system: You are a helpful assistant.
user:
Analyze the provided spectrum to determine if it is a **White Dwarf (WD)**.

A White Dwarf spectrum is defined by its **extreme purity** (due to gravitational settling) and/or **extreme pressure broadening** (due to high surface gravity). You must check for one of the following mutually exclusive signatures:

- **Key Visual Indicators (Check for ONE of these types):**

    - **1. DA-Type Signature (Most Common):**
        - **(Primary Feature):** Extreme pressure broadening (Stark broadening) of the **Hydrogen (H) Balmer lines**.
        - **(Key Lines):** $H\beta$ (approx. $4861$ Å) and $H\gamma$ (approx. $4340$ Å). $H\alpha$ (approx. $6563$ Å) will also be present if the wavelength range covers it.
        - **(Line Profile):** This is the **defining feature**. The lines are **NOT** sharp. They appear as massive, **extremely broad and deep "troughs" or "dips"** in the spectrum, often hundreds of Ångströms wide. The continuum will appear to "scoop" down at these wavelengths.
        - **(Distinction):** Normal A-type or B-type stars have *narrow* and *sharp* Hydrogen lines. A DA White Dwarf's lines are unmistakably "smeared" or "blurry" from pressure.

    - **2. DB-Type Signature:**
        - **(Primary Feature):** Broad absorption lines from **Neutral Helium (He I)**. The spectrum must lack any visible Hydrogen lines.
        - **(Key Lines):** Look for broad absorption near $4471$ Å, $4921$ Å, and $5876$ Å.
        - **(Line Profile):** These lines are also significantly pressure-broadened, appearing much wider than they would in a normal B-type main-sequence star.

    - **3. DC-Type Signature:**
        - **(Primary Feature):** A **featureless continuous spectrum**.
        - **(Line Profile):** The spectrum is a smooth curve with **no significant absorption or emission lines**.
        - **(Key Confirmation):** The continuum is almost always **blue or white**, indicating a hot object. This signature implies the atmosphere is so pure (or so cool) that no spectral lines are visible in the optical range. Its WD identity is confirmed by its extremely low intrinsic brightness (high absolute magnitude).

    - **4. DZ-Type Signature (Metal-Polluted):**
        - **(Primary Feature):** **Isolated, narrow metal absorption lines** on an otherwise featureless (DC-like) continuum.
        - **(Key Lines):** The **Calcium (Ca II) H & K doublet** (approx. **$3934$ Å** and **$3968$ Å**) is the most common and defining feature.
        - **(Line Profile):** These lines are "out of place." They are *not* part of a "forest" of thousands of lines. This signature is evidence of recent *accretion* (pollution) from rocky debris.
        - **(Distinction):** Normal G/K/M stars have a *dense forest* of thousands of metal lines. A DZ has a *clean* continuum with *only a few* strong metal lines.

    - **5. DQ-Type Signature (Carbon-Polluted):**
        - **(Primary Feature):** Absorption bands from **Carbon (C₂ "Swan Bands" or atomic C I)**.
        - **(Key Lines - C₂):** Look for bandheads with a "saw-tooth" shape near $5635$ Å, **$5165$ Å** (strongest), and $4737$ Å.
        - **(Key Confirmation):** The underlying **continuum must be blue or white** (hot).
        - **(Distinction):** This is the critical difference from a **Carbon Star**, which has the *exact same* C₂ bands but on an extremely **red, cool** continuum.

- **(Overall Spectrum):**
    - The continuum (overall shape) is typically **blue-sloping** (brighter in the blue than the red), as most white dwarfs are very hot.
    - The spectrum will look "pure" or "simple," dominated by only *one* of the five signatures listed above.

Think first, call **spectral_visualization_tool** if needed to examine features in detail, then provide your final answer. Your response must adhere to the following strict rules:
1.  **Overall Structure:** Your response must follow the format `<think>...</think> <tool_call>...</tool_call> (if a tool is used) <answer>...</answer>`.
2.  **Tool Usage Constraint:** You may only make **one** tool call per turn.
3.  **Final Answer Format:** In the `<answer>` tag, your conclusion must be inside a `\boxed{}` command (e.g., `\boxed{YES}` or `\boxed{NO}`), followed by your justification.

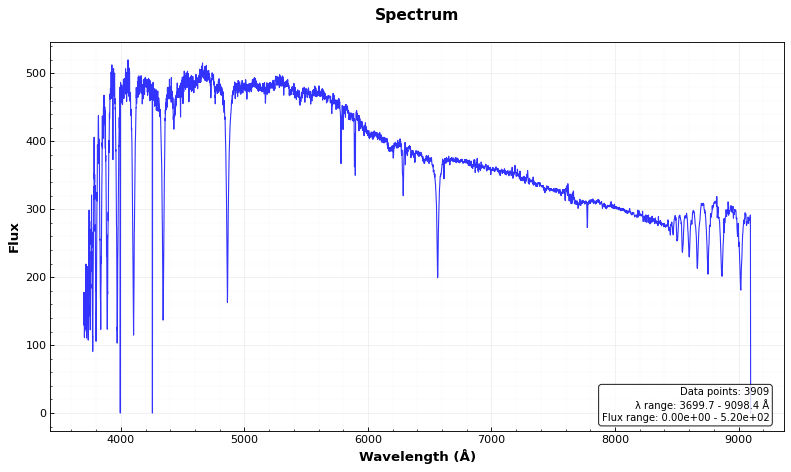
Answer: NO